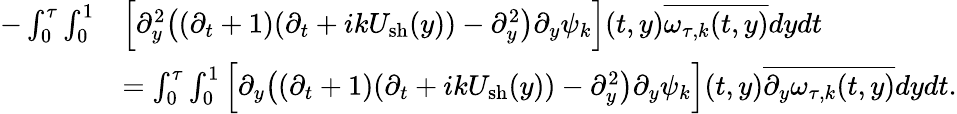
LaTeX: \begin{array}{rl}{-\int_{0}^{\tau}\int_{0}^{1}}&{\Big[\partial_{y}^{2}\big((\partial_{t}+1)(\partial_{t}+ikU_{\mathrm{sh}}(y))-\partial_{y}^{2}\big)\partial_{y}\psi_{k}\Big](t,y)\overline{{\omega_{\tau,k}(t,y)}}dydt}\\ &{=\int_{0}^{\tau}\int_{0}^{1}\Big[\partial_{y}\big((\partial_{t}+1)(\partial_{t}+ikU_{\mathrm{sh}}(y))-\partial_{y}^{2}\big)\partial_{y}\psi_{k}\Big](t,y)\overline{{\partial_{y}\omega_{\tau,k}(t,y)}}dydt.}\end{array}